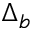
\Delta _ { b }